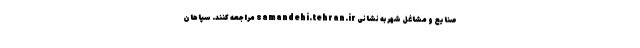
صنایع و مشاغل شهر به نشانی samandehi.tehran.ir مراجعه کنند. سپاهان